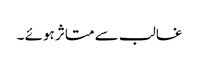
غالب سے متاثر ہوئے ۔